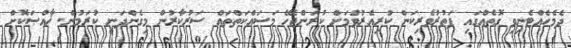
ދެމެހެއްޓެނިވި ގޮތެއްގައި ފަތުރުވެރިކަން ކުރިއެރުވުމަށް ކުރަންޖެހޭ މަސައްކަތްތައް ސަރުކާރުން މިގެންދަނީ ކުރަމުން. ޚާއްޞަކޮށް